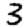
Digit: 3